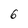
Character: 6